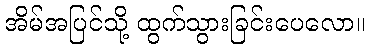
အိမ်အပြင်သို့ ထွက်သွားခြင်းပေလော။